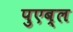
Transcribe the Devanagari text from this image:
पुएब्ल